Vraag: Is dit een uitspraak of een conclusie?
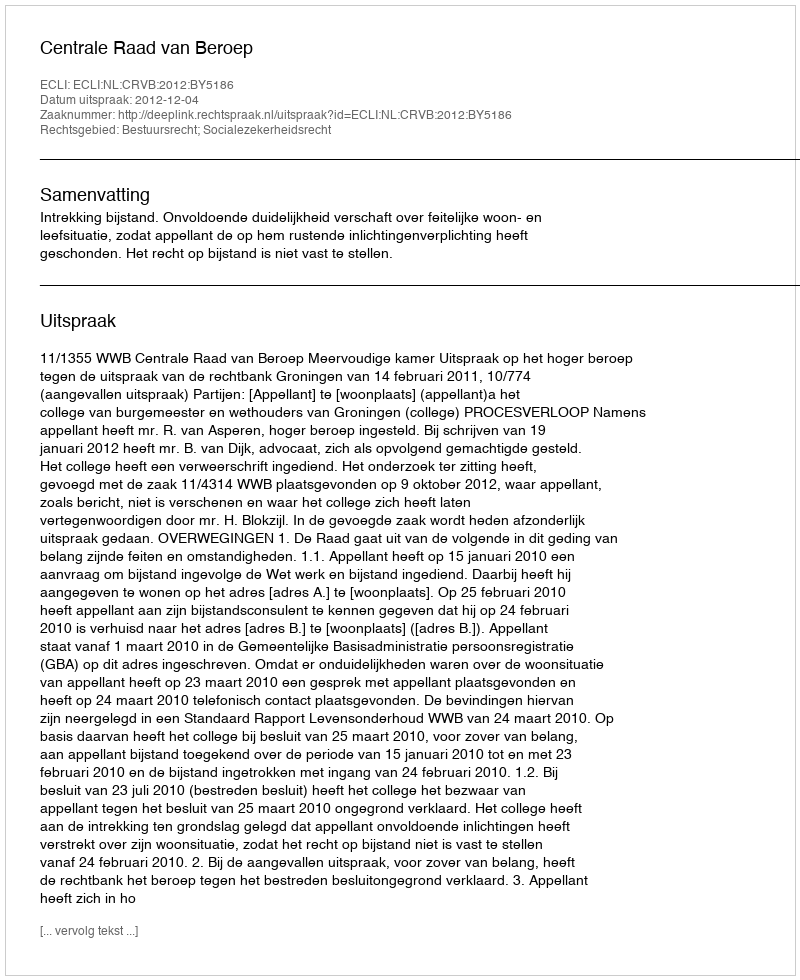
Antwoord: Uitspraak